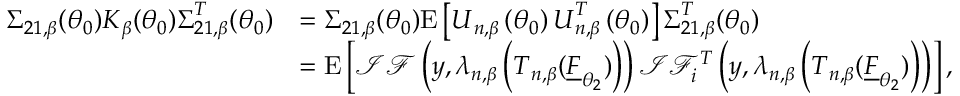
\begin{array} { r l } { \boldsymbol { \Sigma } _ { 2 1 , \beta } ( \boldsymbol { \theta } _ { 0 } ) \boldsymbol { K } _ { \beta } ( \boldsymbol { \theta } _ { 0 } ) \boldsymbol { \Sigma } _ { 2 1 , \beta } ^ { T } ( \boldsymbol { \theta } _ { 0 } ) } & { = \boldsymbol { \Sigma } _ { 2 1 , \beta } ( \boldsymbol { \theta } _ { 0 } ) \mathrm { E } \left[ \boldsymbol { U } _ { n , \beta } \left( \boldsymbol { \theta } _ { 0 } \right) \boldsymbol { U } _ { n , \beta } ^ { T } \left( \boldsymbol { \theta } _ { 0 } \right) \right] \boldsymbol { \Sigma } _ { 2 1 , \beta } ^ { T } ( \boldsymbol { \theta } _ { 0 } ) } \\ & { = \mathrm { E } \left[ \mathcal { I F } \left( \boldsymbol { y } , \boldsymbol { \lambda } _ { n , \beta } \left( \boldsymbol { T } _ { n , \beta } ( \underline { { F } } _ { \boldsymbol { \theta } _ { 2 } } ) \right) \right) \mathcal { I F } _ { i } ^ { T } \left( \boldsymbol { y } , \boldsymbol { \lambda } _ { n , \beta } \left( \boldsymbol { T } _ { n , \beta } ( \underline { { F } } _ { \boldsymbol { \theta } _ { 2 } } ) \right) \right) \right] , } \end{array}